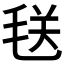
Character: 𪵜